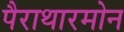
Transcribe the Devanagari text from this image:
पैराथारमोन